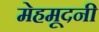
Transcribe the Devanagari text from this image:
मेहमूदनी